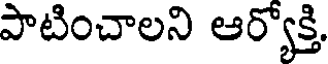
పాటించాలని ఆర్యోక్తి